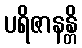
ပရိဇာနန္တိ